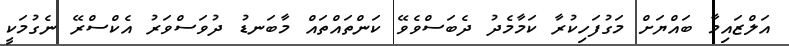
އަލްޒައިމާ ބައްޔަށް މަގުފަހިކުރާ ކަމާމެދު ދެބަސްވެވޭ ކަންތައްތައް މާބަނޑު ދުވަސްވަރު އެކްސްރޭ ނެގުމަކީ